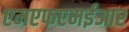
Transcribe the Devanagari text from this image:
एमएफएमईआर